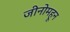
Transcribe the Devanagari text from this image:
जीनोमहून